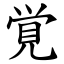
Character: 覚